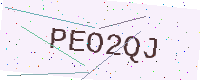
Text: PEO2QJ